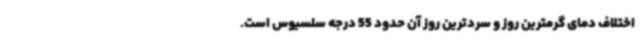
اختلاف دمای گرمترین روز و سردترین روز آن حدود 55 درجه سلسیوس است.